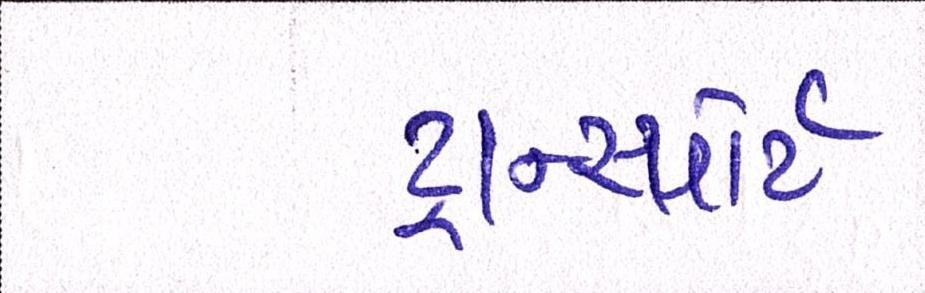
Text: ટ્રાન્સ્પોર્ટ